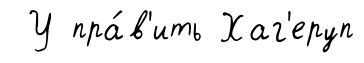
У пра́в'ить Хаг'еруп